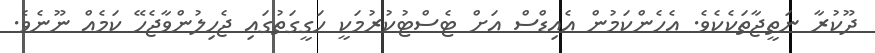
ދޫކުރާ ނަތީޖާތަކެކެވެ. އެހެންކަމުން އެއިޑްސް އަށް ޓެސްޓުކުރުމަކީ ހަގީގަތުގައި ޖެހިލުންވާޖެހޭ ކަމެއް ނޫނެވެ.